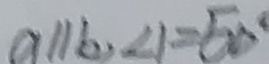
a / / b , \angle 1 = 5 0 ^ { \circ }